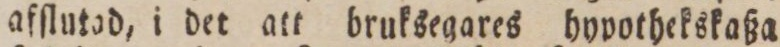
afſlutad, i det att bruksegares hypothekskaßa